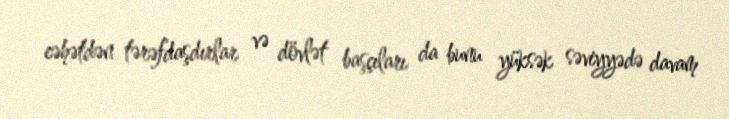
cəhətdən tərəfdaşdırlar və dövlət başçıları da bunu yüksək səviyyədə davam